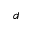
d